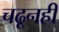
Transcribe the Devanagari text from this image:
चढूनही